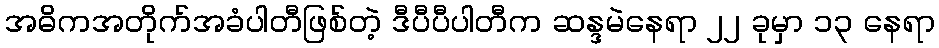
အဓိကအတိုက်အခံပါတီဖြစ်တဲ့ ဒီပီပီပါတီက ဆန္ဒမဲနေရာ ၂၂ ခုမှာ ၁၃ နေရာ